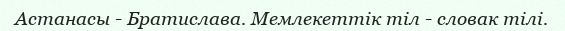
Астанасы - Братислава. Мемлекеттік тіл - словак тілі.